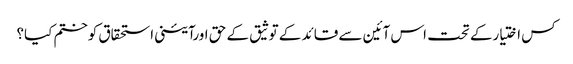
کس اختیارکے تحت اس آئین سے قائد کے توثیق کے حق اورآئینی استحقاق کوختم کیا؟